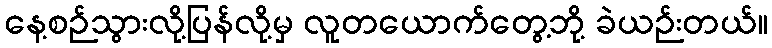
နေ့စဉ်သွားလို့ပြန်လို့မှ လူတယောက်တွေ့ဘို့ ခဲယဉ်းတယ်။